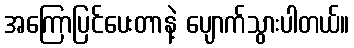
အကြောပြင်ပေးတာနဲ့ ပျောက်သွားပါတယ်။